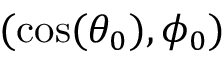
( \cos ( \theta _ { 0 } ) , \phi _ { 0 } )